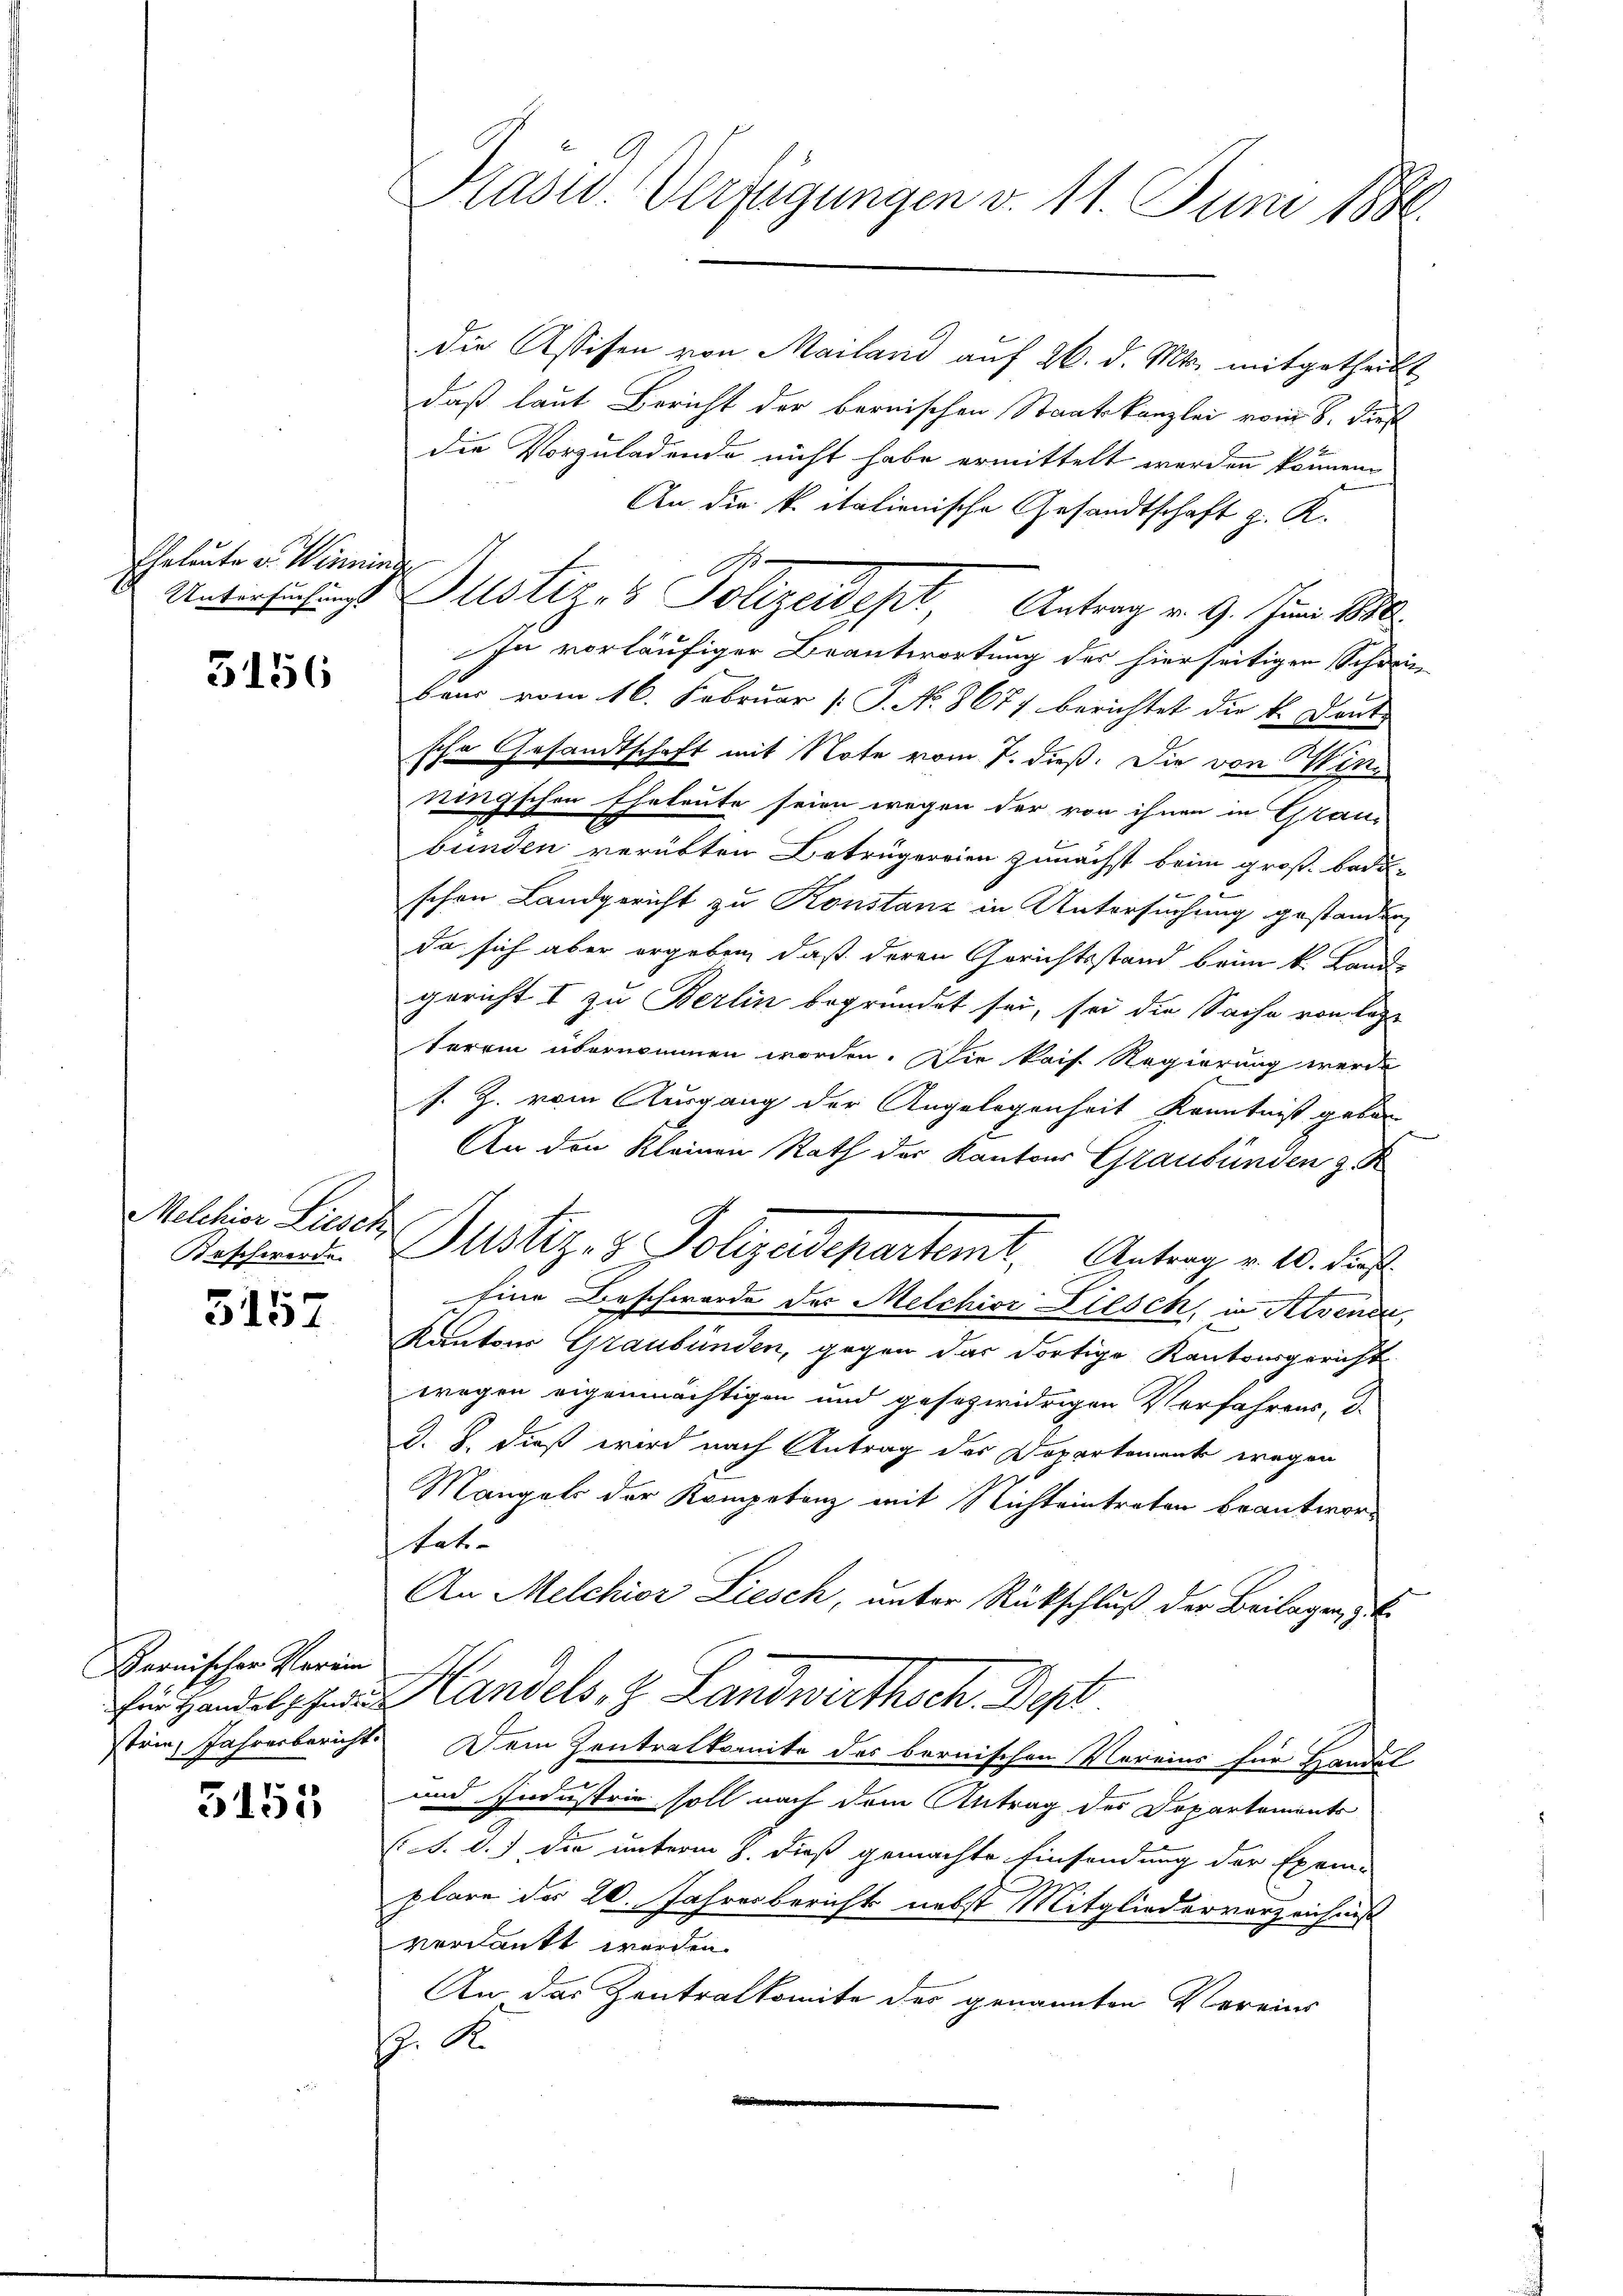
Eheleute v. Warminde

3156

Melchior Leuen
Beschwerde.

3157

Bernischer Verein

5153

Prasiv. Verfügungen d. 11. Juni 1886.

die Assisen von Mailand auf 26. d. Mts. mitgetheilt
daß laut Bericht der bernischen Staatskanzlei vom 8. Dies
die Vorzuladende nicht habe ermittelt werden können.
An die k. italienische Gesandtschaft z. K.
h
U Ollotiz & Polizeidest Antrag v. 9. Juni 1880
In vorläufiger Beantwortung des hierseitigen Schwei
baus vom 16. Februar [P. No. 8677 berichtet die k. Dante
sche Gesandtschaft mit Note vom 7. dieß. Die von Winringschen Eheleute seien wegen der von ihnen in Graubunden verübten Betrugereien zunächst beim große beduschen Landgericht zu Konstanz in Untersuchung gestanden,
da sich aber ergeben, daß deren Gerichtsstand beim k. Lande
gericht I zu Berlin begründet sei, sei die Sache von lass
terrin übernommen worden. Die kais. Regierung werde
s. Z. vom Ausgang der Angelegenheit Kenntniß geben
An den Kleinen Rath der Kantons Graubünden z. R
Justiges Polizeidepartamt Antrag v. 10. Fr.
Eine Beschwerde des Melchior Diesch, in Avenca
Kantons Graubünden, gegen das dortige Kantonsgericht
wegen eigenmächtigen und gesezwidrigen Verfahrens, d.
d. 8. dieß wird nach Antrag des Departement wegen
Mangels der Kompetenz mit Nichteintraten beantwortat.
An Melchior Liesch, unter Rückschluß der Beilagen,
Ein Handels zu Handels- & Landwirthsch. Dep
strie, Jahresbericht Dein Zentralkomite des bernischen Vereins für Handel
und Industrie soll nach dem Antrag des Departements
/A. d.) die unterm 8. dieß gemachte Einsendung der Exem-
plare des 20. Jahresberichts nebst Mitgliederverzeichniß
verdankt werden.
An das Zentralkomite des genannten Vereins
s. S.
n